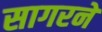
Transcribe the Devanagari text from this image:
सागरने